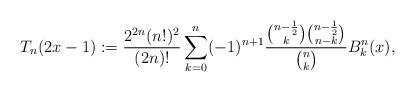
LaTeX: \begin{align*}T_{n}(2x-1):=\frac{2^{2n}(n!)^{2}}{(2n)!}\sum_{k=0}^{n}(-1)^{n+1}\frac{\binom{n-\frac{1}{2}}{k}\binom{n-\frac{1}{2}}{n-k}}{\binom{n}{k}}B_{k}^{n}(x),\end{align*}